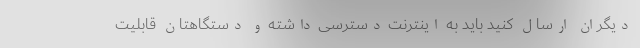
دیگران ارسال کنید باید به اینترنت دسترسی داشته و دستگاهتان قابلیت